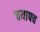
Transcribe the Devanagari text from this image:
चयापच